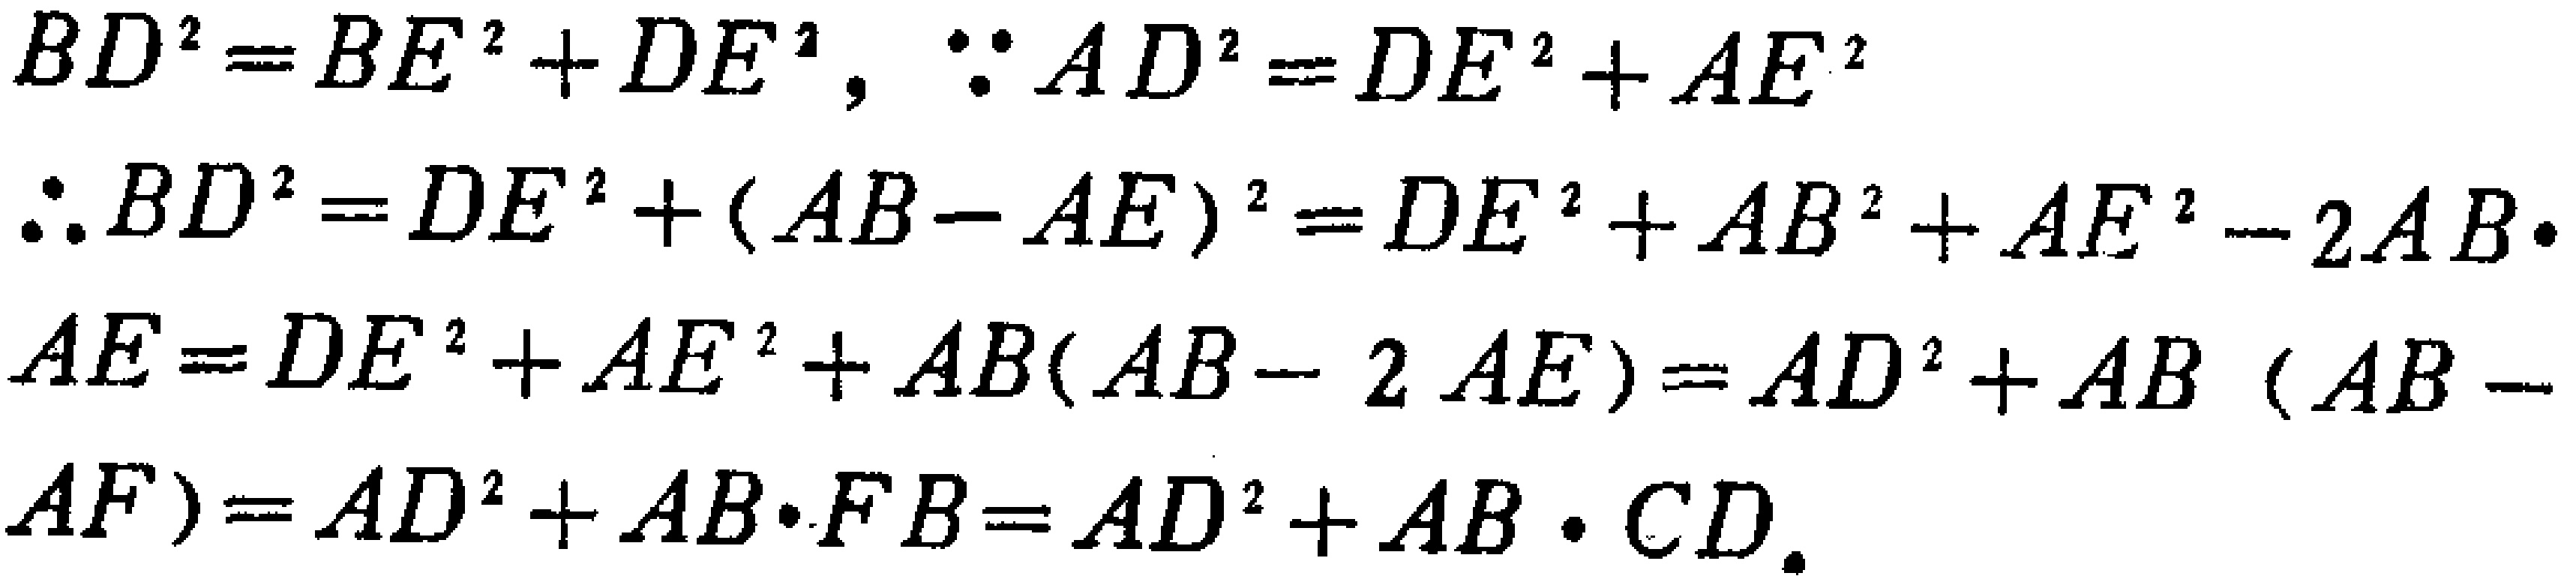
\[

\begin{align*}

BD^{2}&=BE^{2}+DE^{2},\quad\because AD^{2}=DE^{2}+AE^{2}\\

\therefore BD^{2}&=DE^{2}+(AB - AE)^{2}=DE^{2}+AB^{2}+AE^{2}-2AB\cdot AE\\

&=DE^{2}+AE^{2}+AB(AB - 2AE)=AD^{2}+AB(AB - AF)\\

&=AD^{2}+AB\cdot FB=AD^{2}+AB\cdot CD.

\end{align*}

\]